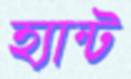
হ্যান্ট